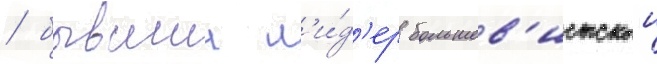
/ бывшии л'и́д'ер большев'истскои